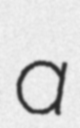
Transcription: a